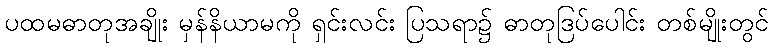
ပထမဓာတုအချိုး မှန်နိယာမကို ရှင်းလင်း ပြသရာ၌ ဓာတုဒြပ်ပေါင်း တစ်မျိုးတွင်